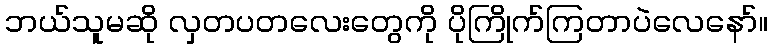
ဘယ်သူမဆို လှတပတလေးတွေကို ပိုကြိုက်ကြတာပဲလေနော်။